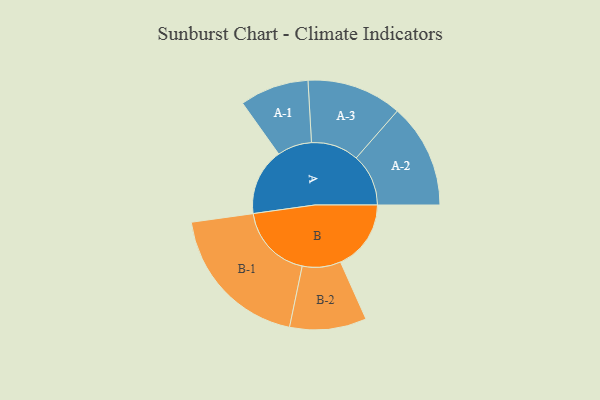
{"axis": {"x": "Segment", "y": "Value"}, "legend": ["", "A", "B"], "data": [{"x": "A", "y": 256, "type": ""}, {"x": "B", "y": 270, "type": ""}, {"x": "A-1", "y": 132, "type": "A"}, {"x": "A-2", "y": 200, "type": "A"}, {"x": "A-3", "y": 182, "type": "A"}, {"x": "B-1", "y": 288, "type": "B"}, {"x": "B-2", "y": 147, "type": "B"}]}